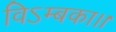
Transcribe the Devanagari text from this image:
विऽम्बका।।